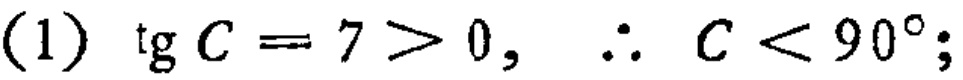
\((1)\ \text{tg }C = 7 > 0,\ \therefore\ C < 90^{\circ};\)